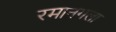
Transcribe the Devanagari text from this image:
रमानगला